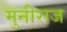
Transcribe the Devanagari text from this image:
मुनीराज